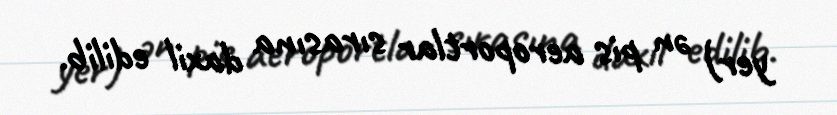
yer) ən pis aeroportlar sırasına daxil edilib.